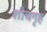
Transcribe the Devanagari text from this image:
शौचगृह